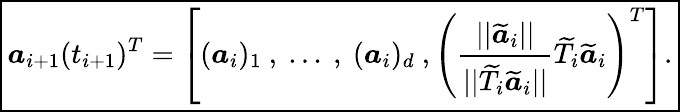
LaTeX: \boxed{\boldsymbol{a}_{i+1}(t_{i+1})^{T}=\left[(\boldsymbol{a}_{i})_{1}\mathrm{~},\mathrm{~}...\mathrm{~},\mathrm{~}(\boldsymbol{a}_{i})_{d}\mathrm{~},\left(\frac{||\widetilde{\boldsymbol{a}}_{i}||}{||\widetilde{T}_{i}\widetilde{\boldsymbol{a}}_{i}||}\widetilde{T}_{i}\widetilde{\boldsymbol{a}}_{i}\right)^{T}\right].}